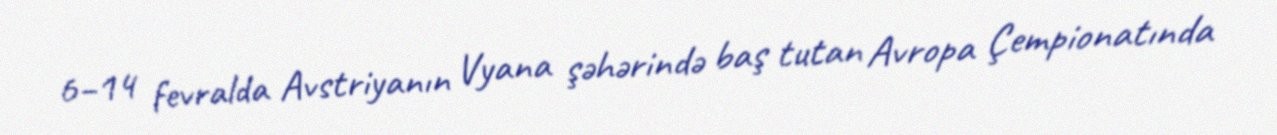
6–14 fevralda Avstriyanın Vyana şəhərində baş tutan Avropa Çempionatında